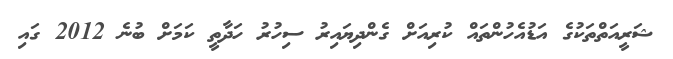
ޝަރީއަތްތަކުގެ އަޑުއެހުންތައް ކުރިއަށް ގެންދިޔައިރު ސިހުރު ހަދާތީ ކަމަށް ބުނެ 2012 ގައި